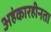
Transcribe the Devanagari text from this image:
अहंकारहीनता